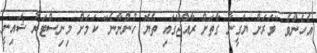
އެހެންވެ "ވަރަށް ޔަގީނާ ގާތަށް ރާއްޖޭގައި ތެޔޮ ހުންނާނެ" ކަމަށް މިނިސްޓަރު ޝައިނީ